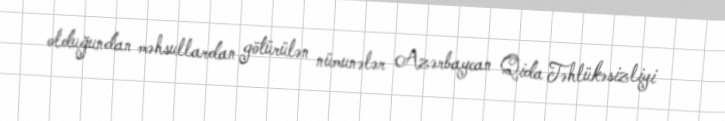
olduğundan məhsullardan götürülən nümunələr Azərbaycan Qida Təhlükəsizliyi